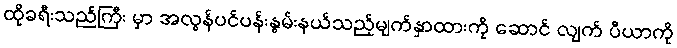
ထိုခရီးသည်ကြီး မှာ အလွန်ပင်ပန်းနွမ်းနယ်သည့်မျက်နှာထားကို ဆောင် လျက် ပီယာကို